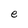
Character: e